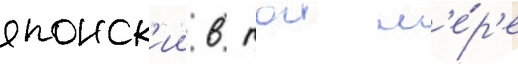
японск'ии в тои м'е́р'е